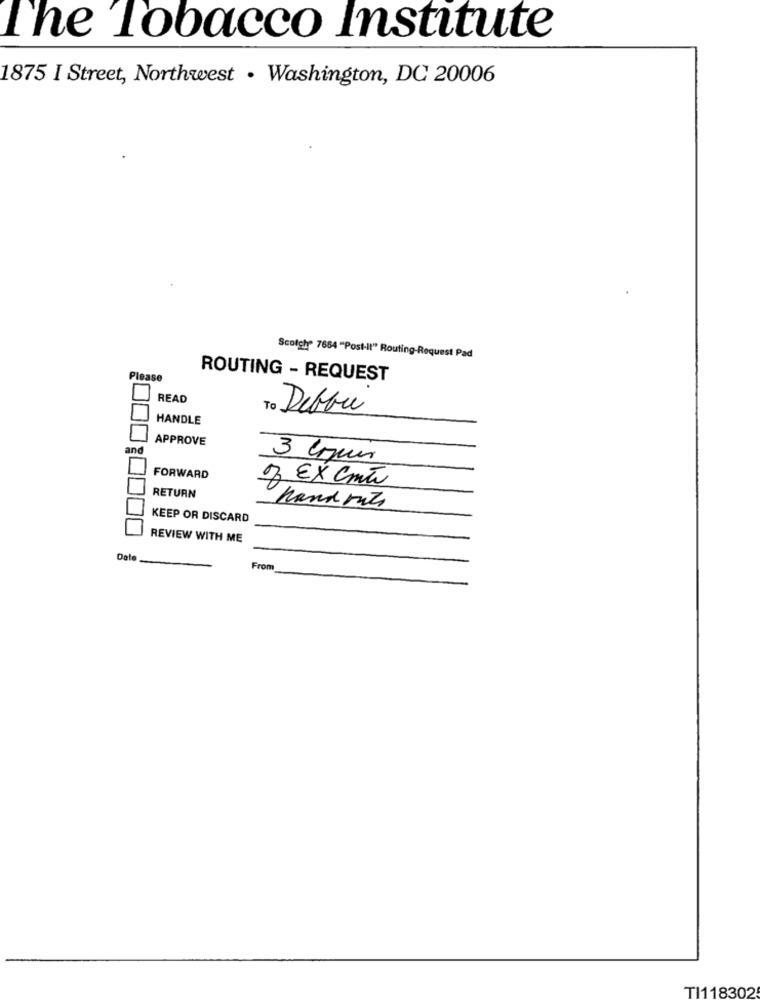
The Tobacco Institute
1875 I Street, Northwest . Washington, DC 20006
Scotch 7664 "Post-it" Routing-Request Pad
Please
ROUTING - REQUEST
READ
Deblu
HANDLE
APPROVE
and
FORWARD
of Ex crite
RETURN
hand ruts
KEEP OR DISCARD
REVIEW WITH ME
Dale
From
TI118302